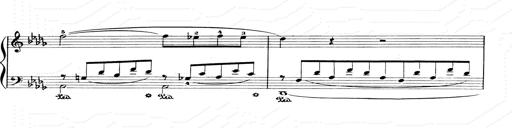
Title: Consolations and LiebestrÃ¤ume for the Piano
Composer: Franz Liszt